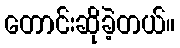
တောင်းဆိုခဲ့တယ်။